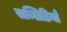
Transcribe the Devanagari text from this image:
सब्सिडियाँ